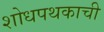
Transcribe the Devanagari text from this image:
शोधपथकाची